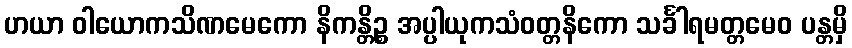
ဟယာ ဝါယောကသိဏမေကော နိကန္တိဉ္စ အပ္ပါယုကသံဝတ္တနိကော သင်္ခါရမတ္တမေဝ ပန္တမှိ